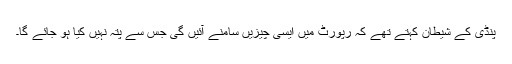
پنڈی کے شیطان کہتے تھے کہ رپورٹ میں ایسی چیزیں سامنے آئیں گی جس سے پتہ نہیں کیا ہو جائے گا۔